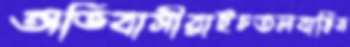
অভিবাসীরাইচতলবাড়িন